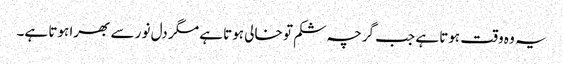
یہ وہ وقت ہوتا ہے جب گرچہ شکم تو خالی ہوتا ہے مگر دل نور سے بھرا ہوتا ہے۔